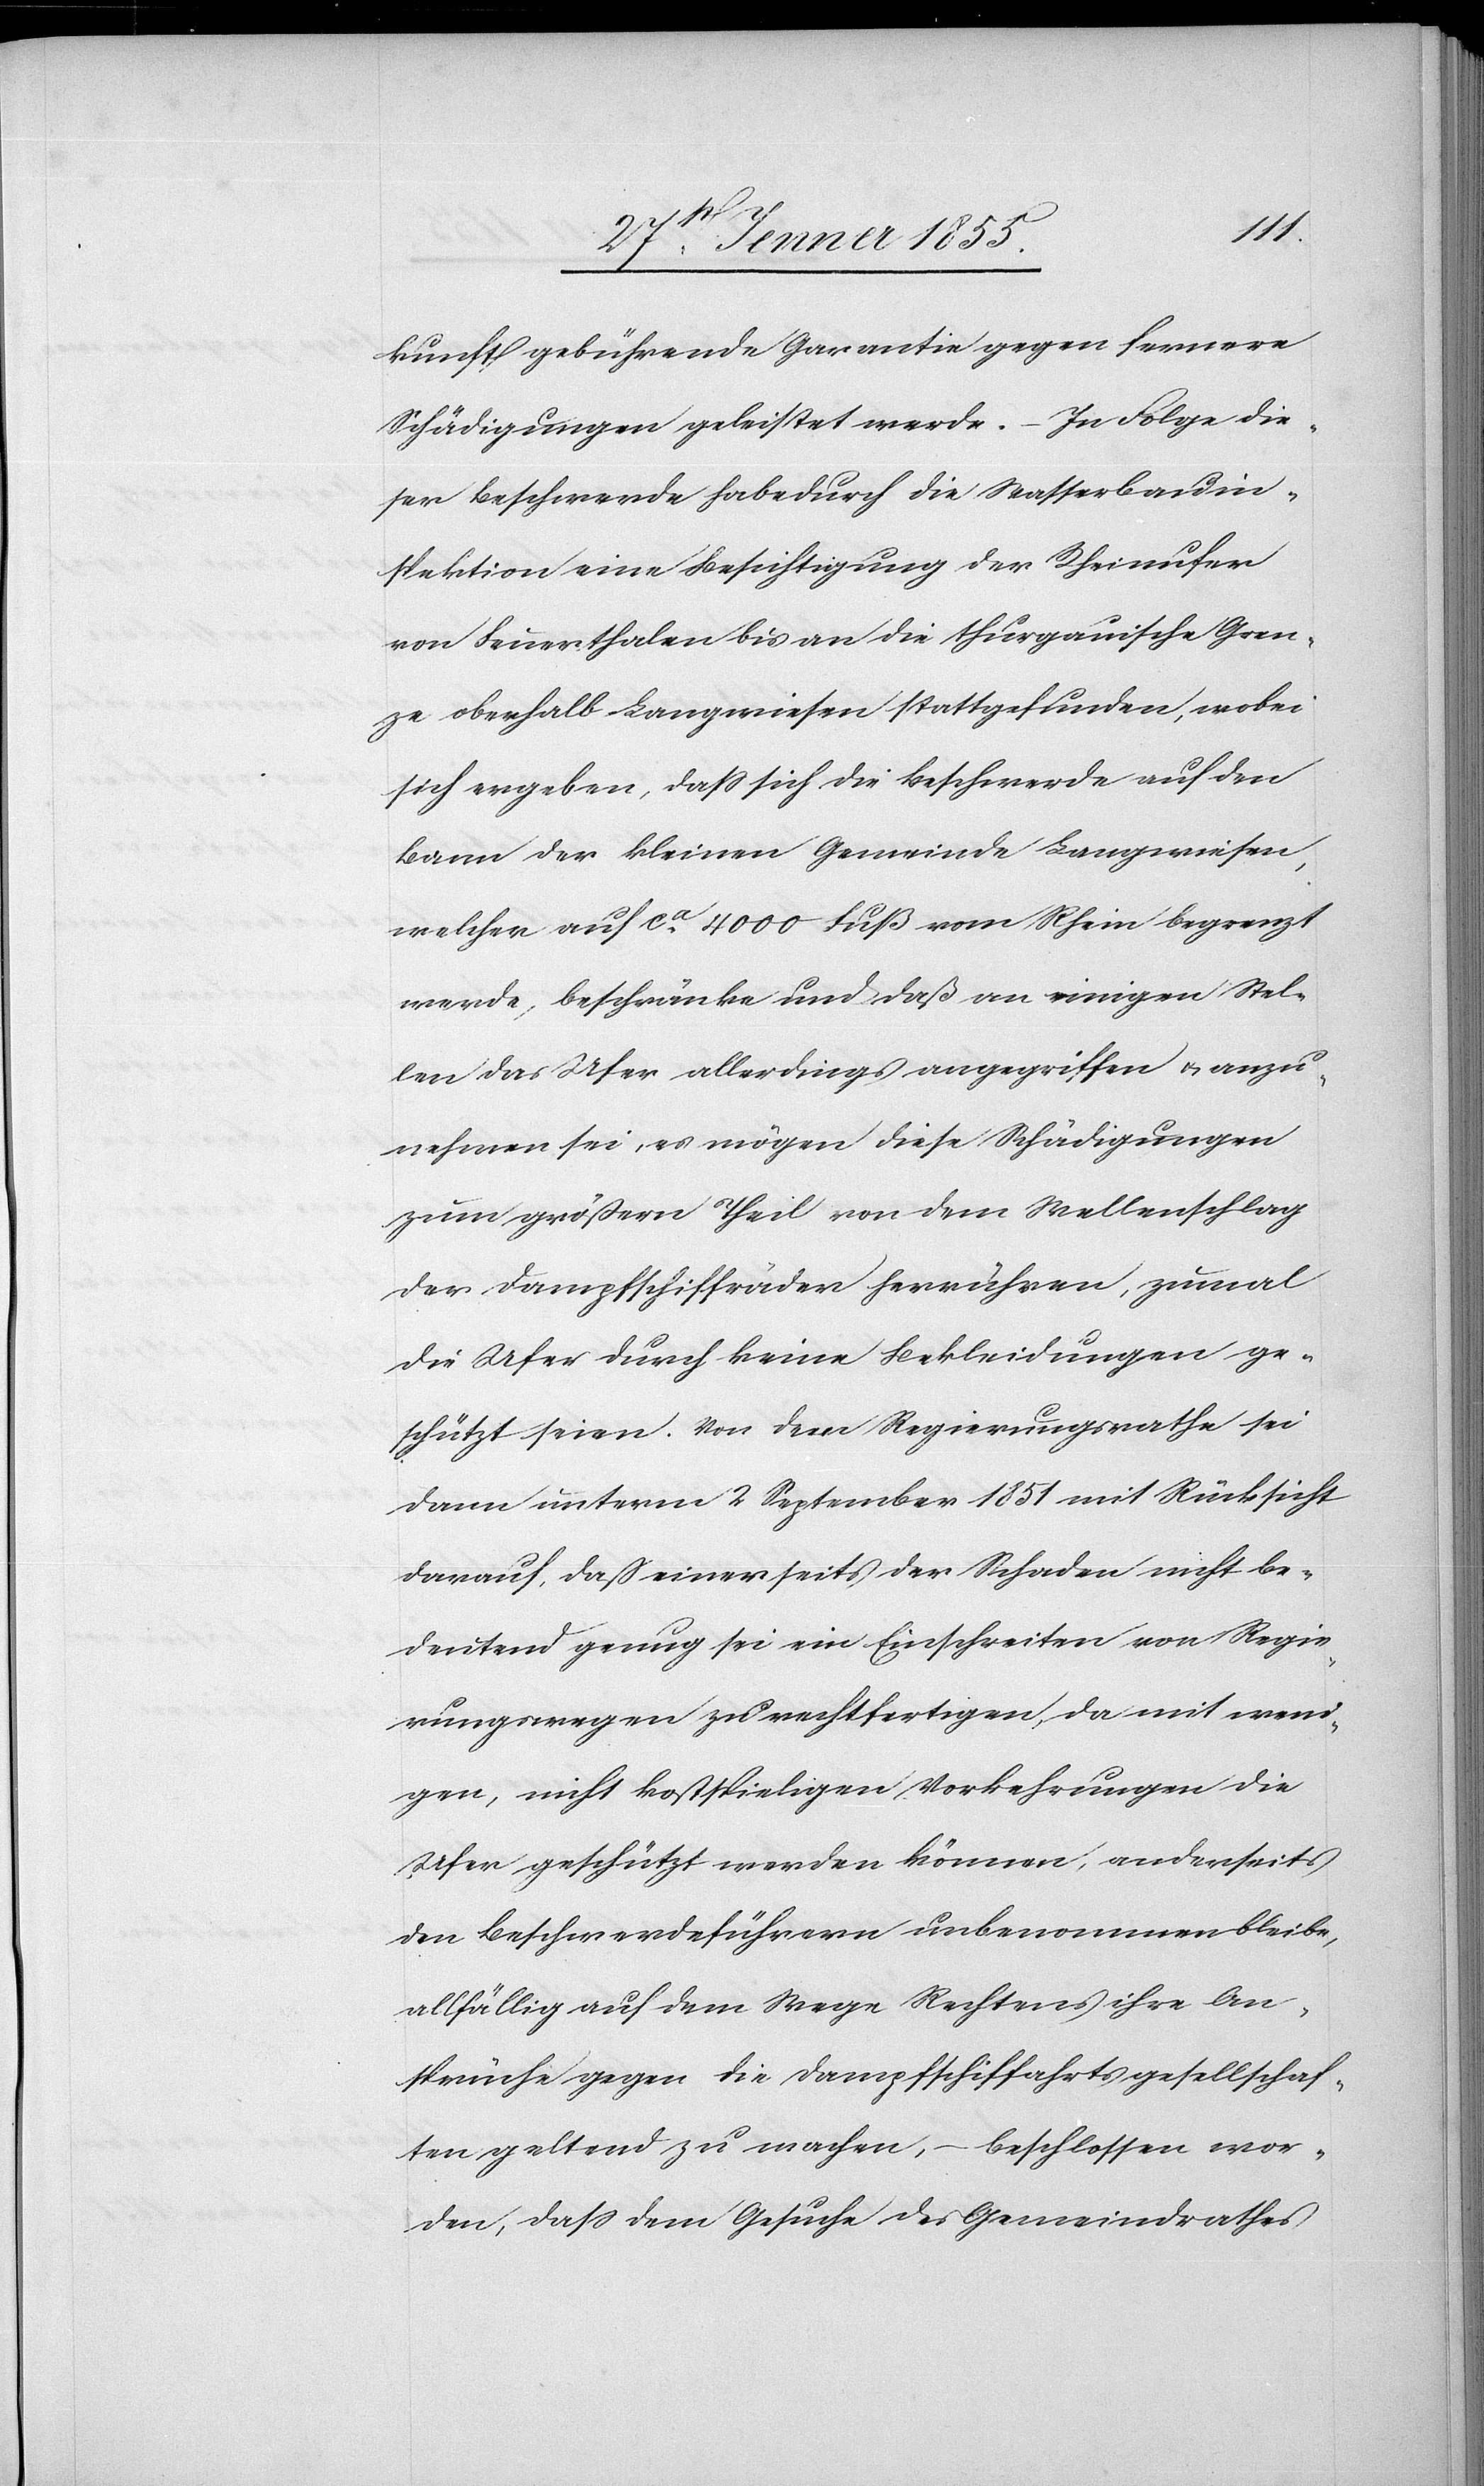
kunft gebührende Garantie gegen fernere
Schädigungen geleistet werde. – In Folge die¬
ser Beschwerde habe durch die Wasserbauin¬
spektion eine Besichtigung der Rheinufer
von Feuerthalen bis an die thurgauische Gren¬
ze oberhalb Langwiesen stattgefunden, wobei
sich ergeben, dass sich die Beschwerde auf den
Bann der kleinen Gemeinde Langwiesen,
welcher auf ca. 4000 Fuß vom Rhein begrenzt
werde, beschränke und daß an einigen Stel¬
len das Ufer allerdings angegriffen & anzu¬
nehmen sei, es mögen diese Schädigungen
zum größern Theil von dem Wellenschlag
der Dampfschiffräder herrühren, zumal
die Ufer durch keine Bekleidungen ge¬
schützt seien. Von dem Regierungsrathe sei
dann unterm 2 September 1851 mit Rücksicht
darauf, dass einerseits der Schaden nicht be¬
deutend genug sei ein Einschreiten von Regie¬
rungswegen zu rechtfertigen, da mit weni¬
gen, nicht kostspieligen Vorkehrungen die
Ufer geschützt werden können, anderseits
den Beschwerdeführern unbenommen bleibe,
allfällig auf dem Wege Rechtens ihre An¬
sprüche gegen die Dampfschiffahrtsgesellschaf¬
ten geltend zu machen, – beschlossen wor¬
den, dass dem Gesuche des Gemeindrathes